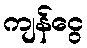
ကျန်ငွေ